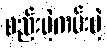
စည်းမဲ့ကမ်းမဲ့